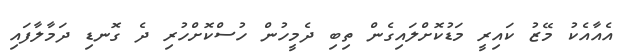
އެއާއެކު މޭޒު ކައިރީ މަޑުކޮށްލައިގެން ތިބި ދެމީހުން ހުސްކޮށްހުރި ދެ ގޮނޑި ދަމާލާފައި